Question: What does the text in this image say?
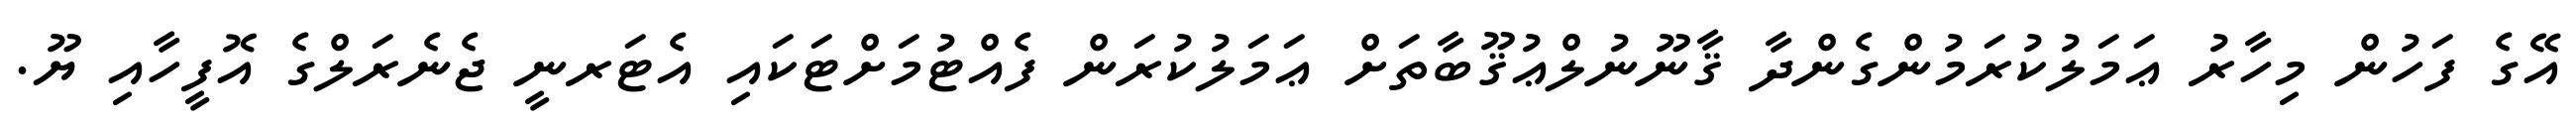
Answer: އޭގެ ފަހުން މިހާރު ޢަމަލުކުރަމުންގެންދާ ޤާނޫނުލްޢުޤޫބާތަށް ޢަމަލުކުރަން ފެއްޓުމަށްޓަކައި އެޓަރނީ ޖެނެރަލްގެ އޮފީހާއި ޔޫ.